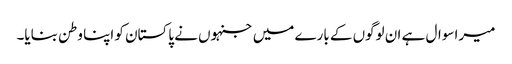
میرا سوال ہے ان لوگوں کے بارے میں جنہوں نے پاکستان کو اپنا وطن بنایا۔